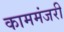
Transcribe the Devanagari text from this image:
काममंजरी